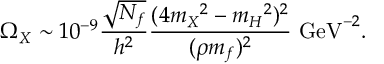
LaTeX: \Omega _ { X } \sim 1 0 ^ { - 9 } { \frac { \sqrt { N _ { f } } } { h ^ { 2 } } } { \frac { ( 4 m _ { X } \/ ^ { 2 } - m _ { H } \/ ^ { 2 } ) ^ { 2 } } { ( \rho m _ { f } ) ^ { 2 } } } \mathrm { ~ G e V } ^ { - 2 } .